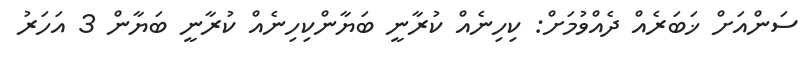
ސަންއަށް ޚަބަރެއް ދެއްވުމަށް: ކިހިނެއް ކުރާނީ ބަޔާންކިހިނެއް ކުރާނީ ބަޔާން 3 އަހަރު